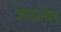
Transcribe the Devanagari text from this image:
आदरनीय